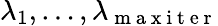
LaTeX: \lambda_{1},\dots,\lambda_{\mathrm{~m~a~x~i~t~e~r~}}